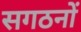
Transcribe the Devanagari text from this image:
सगठनों